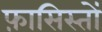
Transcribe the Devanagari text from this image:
फ़ासिस्तों